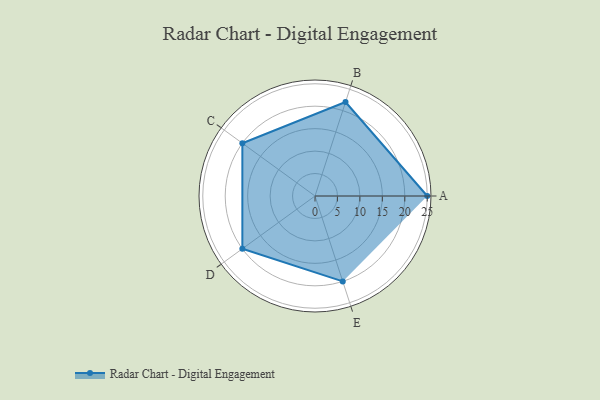
{"axis": {"x": "Skill", "y": "Score"}, "legend": ["Profile"], "data": [{"x": "A", "y": 25.0, "type": "Profile"}, {"x": "B", "y": 22.0, "type": "Profile"}, {"x": "C", "y": 20, "type": "Profile"}, {"x": "D", "y": 20, "type": "Profile"}, {"x": "E", "y": 20, "type": "Profile"}]}